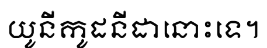
យូនីកូដនីដានោះទេ។